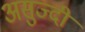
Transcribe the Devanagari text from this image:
असुज्दी